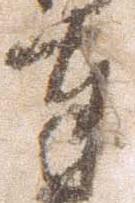
奉